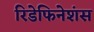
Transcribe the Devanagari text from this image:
रिडेफिनेशंस